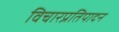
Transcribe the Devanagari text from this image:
विचारप्रतिपादन